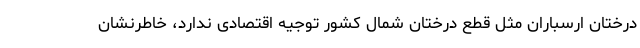
درختان ارسباران مثل قطع درختان شمال کشور توجیه اقتصادی ندارد، خاطرنشان